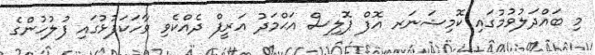
މި ބައްދަލުވުމުގައި ކޮމިޝަނަރ އޮފް ޕޮލިސް އަޙްމަދު އަރީފް ދެއްކެވި ވާހަކަފުޅުގައި ފުލުހުންގެ